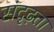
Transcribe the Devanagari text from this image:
संदृढ़ता